Lunatic asylums in Bengal annual reports 1888-1898 - 1888-1898
Year: 1888
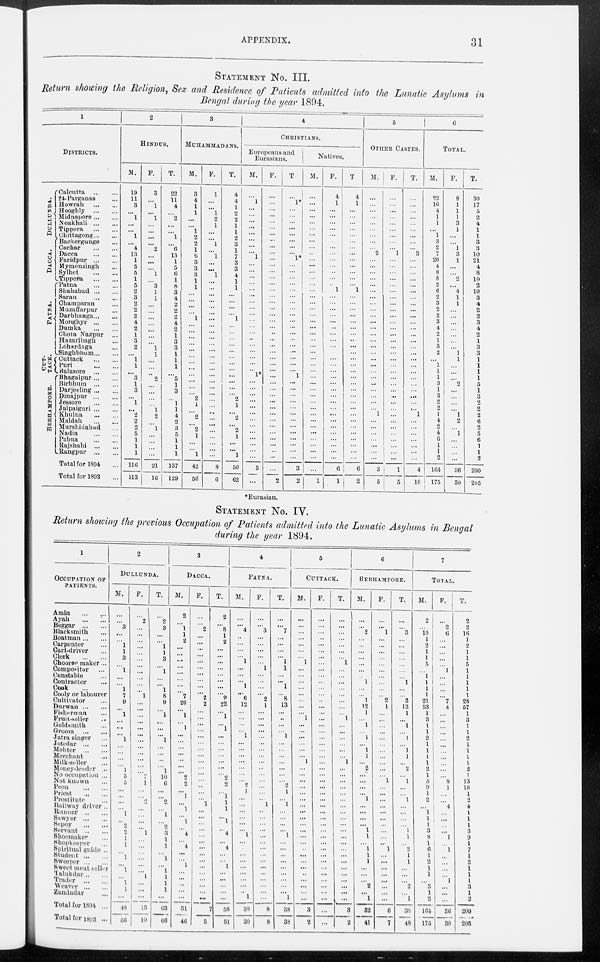
APPENDIX.
31
STATEMENT NO. III.
Return showing the Religion, Sex and Residence of Patients admitted into the Lunatic Asylums in
Bengal during the year 1894.
1
DISTRICTS.
DUL L UNDA.
DACCA.
PATNA.
CUT-
TACK
BERHAMPORE.
Calcutta ... ...
24-Parganas ...
Howrah
...
...
Hooghly
...
...
Midnapore ... ...
Noakhali ... ...
Tippera
...
...
Chittagong ... ...
Backergunge ...
Cachar ... ...
Dacca
...
...
Faridpur ... ...
Mymensingh ...
Sylhet
...
...
Tippera
...
...
Patna
...
...
Shahabad ... ...
Saran
...
...
Champaran ...
Muzaffarpur ...
Darbhanga ... ...
Monghyr ... ...
Dumka
...
...
Chota Nagpur ...
Hazaribagh ...
Lohardaga ...
Singhbhum
...
Cuttack
...
...
Puri
...
...
Balasore
...
...
Bhagalpur ... ...
Birbhum
...
...
Darjeeling ... ...
Dinajpur
...
...
Jessore
...
...
Jalpaiguri ... ...
Khulua
...
...
Maldah
...
...
Murshidabad ...
Nadia
...
...
Pabna
...
...
Rajshahi
...
...
Rangpur
...
...
Total for 1894 ...
Total for 1893 ...
2
HINDUS.
M.
19
11
3
...
1
...
...
1
...
4
13
1
5
5
1
5
2
3
2
2
2
4
2
1
3
2
...
1
1
...
3
1
3
...
1
...
2
2
2
5
1
1
1
116
113
F.
3
...
1
...
1
...
...
...
...
2
...
...
...
1
...
3
1
1
...
...
...
...
...
...
... 1
1
...
...
..
2
...
...
...
...
1
2
...
1
...
...
...
...
21
16
T.
22
11
4
...
2
...
...
1
...
6
13
1
5
6
1
8
3
4
2
2
2
4
2
1
3
3
1
1
1
...
5
1
3
...
1
1
4
2
3
5
1
1
1
137
129
3
MUHAMMADANS.
M.
3
4
1
1
...
...
1
2
2
1
6
3
3
3
1
1
...
...
...
...
1
...
...
...
...
...
...
...
...
...
...
...
...
2
1
...
2
2
1
...
...
1
42
56
F.
1
...
...
1
2
1
...
1 ...
...
1
...
...
1
...
...
...
...
...
...
...
...
...
...
... ...
...
...
...
...
...
...
...
...
...
...
...
...
...
...
...
...
...
8
6
T.
4
4
1
2
2
1
1
3
2
1
7
3
3
4
1
1
...
...
...
...
1
...
...
...
...
...
...
...
...
...
...
...
...
2
1
...
2
...
2
1
...
...
1
50
62
4
CHRISTIANS.
Europeans and
Eurasians.
M.
...
1
...
...
...
...
...
...
...
...
1
...
...
...
...
...
...
...
...
...
...
...
...
..
...
...
...
...
...
1*
...
...
...
...
...
...
...
...
...
...
...
...
...
3
...
F.
...
...
...
...
...
...
...
...
...
...
...
...
...
...
...
...
...
...
...
...
...
...
..
...
...
...
...
...
...
...
...
...
...
...
...
...
...
...
...
...
...
...
...
...
2
T.
...
1*
...
...
...
...
...
... ...
...
1*
...
...
...
... ...
...
...
...
...
...
...
...
...
...
...
...
...
...
1
...
...
...
...
...
...
...
...
...
...
...
...
...
3
2
Natives.
M.
...
...
...
...
...
...
...
...
...
...
...
...
...
...
...
...
...
...
...
...
...
...
...
...
...
...
...
...
...
...
...
...
...
...
...
...
...
...
...
...
...
...
...
...
1
F.
4
1
...
...
...
...
...
...
...
...
...
...
..
...
...
1
...
...
...
...
...
..
...
...
...
...
...
...
...
...
...
...
...
...
...
...
...
...
...
...
...
...
...
6
1
T.
4
1
...
...
...
...
...
...
...
...
...
...
...
...
...
1
...
...
...
...
...
...
...
...
...
...
...
...
...
...
...
...
...
...
...
...
...
...
...
...
...
6
2
5
OTHER CASTES.
M.
...
...
...
...
...
...
...
...
...
2
...
...
...
...
...
...
...
...
...
...
...
...
...
...
...
...
...
...
...
...
...
...
...
...
...
1
...
...
...
...
...
...
...
3
5
F.
...
...
...
...
...
...
...
...
...
1
...
...
...
...
...
...
...
...
...
...
...
...
...
...
...
...
...
...
...
...
...
...
..
...
...
...
...
...
...
...
...
...
...
1
5
T.
...
...
...
...
...
...
...
...
...
3
...
...
...
...
...
...
...
...
...
...
...
...
...
...
... ...
...
...
...
...
...
...
...
...
...
1
...
...
...
...
...
...
...
4
10
6
TOTAL.
M.
22
16
4
1
1
...
1
3
2
7
20
4
8
8
2
6
2
3
2
2
3
4
2 1
3
2
...
1
1
1
3
1 3
2
2
1
4
...
4
6
1
1
2
164
175
F.
8
1
1
1
3
1
...
...
1
3
1
...
...
2
...
4
1
1
...
...
...
...
...
...
... 1
1
...
...
...
2
...
...
...
...
1
2
...
1
...
...
...
...
36
30
T.
30
17
5
2
4
1
1
3
3
10
21
4
8
10
2
10
3
4
2
2
3
4 2
1
3
3
1
1
1
1
5
1
3
2
2
2
6
2
5
6
1
1
2
200
205
*Eurasian.
STATEMENT NO. IV.
Return showing the previous Occupation of Patients admitted into the Lunatic Asylums in Bengal
during the year 1894.
1
OCCUPATION OF
PATIENTS.
Amin
...
...
Ayah
...
...
Beggar
...
...
Blacksmith ...
Boatman ... ...
Carpenter ... ...
Cart-driver ...
Clerk
...
...
Choorea maker ...
Compositor ...
Constable ...
Contractor ...
Cook ...
Cooly or labourer
Cultivator ...
Durwan ... ...
Fisherman ...
Fruit-seller ...
Goldsmith ...
Groom
...
...
Jatra singer ...
Jotedar ...
Mehter
...
...
Merchant ...
Milk-seller ...
Money-leader ...
No occupation ...
Not known ...
Peon
...
...
Priest
...
...
Prostitute ... ...
Railway drivor ...
Runner
...
...
Sawyer ... ...
Sepoy ... ...
Servant ... ...
Shoetnaker ... ...
Shopkeeper ... ...
Spiritual guide ...
Student ... ...
Sweeper ... ...
Sweet meat toll ...
Talukdar... ...
Trader ... ...
Weaver ... ...
Zamindar ...
Total for 1894 ....
Total for 1893 ...
2
DULLUNDA.
M.
...
...
3
...
...
1
1
3
...
1
...
1
7
9
...
1
...
...
...
1
...
...
...
...
1
3
5
...
...
...
...
1
...
...
2
1
1
...
1
...
1
...
1
1
...
18
56
F.
...
2
...
...
...
...
...
...
...
...
...
...
...
1
...
...
...
...
...
...
...
...
...
...
...
...
7
1
...
...
2
...
...
...
...
1
...
...
...
...
...
...
1
...
...
...
15
10
T.
...
2
3
...
...
1
1
3
...
1
...
...
1
8
9
......
1
...
...
...
1
...
...
...
...
1
10
6
...
...
2
...
1
...
2
3
1
1
...
1
...
1
1
1
1
...
63
60
3
DACCA.
M.
2
...
1
1
2
...
...
...
...
...
...
...
...
7
20
...
1
1
...
...
...
...
...
...
...
2
2
...
1
...
1
...
1
...
4
...
4
...
...
1
...
...
...
...
...
51
46
F.
...
...
2
...
...
...
...
...
...
...
...
...
...
2
2
...
...
...
...
...
...
...
...
...
...
...
...
...
...
...
1
...
...
...
...
...
...
...
...
...
...
...
...
...
...
...
7
5
T.
2
...
3
1
2
...
...
...
...
...
...
...
...
9
22
...
1
...
1
...
...
...
...
...
...
2
2
...
1 1
1
...
1
...
4
...
4
...
...
1
...
...
...
...
...
58
51
4
PATNA.
M.
...
...
4
...
...
...
...
1
...
...
...
1
...
6
12
...
...
...
...
1
...
...
...
...
...
...
...
2
1
...
...
...
...
...
...
1
...
...
...
...
...
...
...
...
...
1
30
30
F.
...
...
3
...
...
...
...
...
1
...
...
...
...
2
1
...
...
...
...
...
...
...
...
...
...
...
...
...
...
...
1
...
...
...
...
...
...
...
...
...
...
...
...
...
...
...
8
8
T.
...
...
7
...
...
...
...
1
1
...
...
1
...
8
13
...
...
...
...
1
...
...
...
...
...
...
...
2
1
...
1
...
...
...
...
1
...
...
...
...
...
...
...
...
...
1
38
38
5
CUTTACK.
M.
...
...
...
...
...
...
...
1
...
...
...
...
...
...
...
...
1
...
...
...
...
...
...
1
...
...
...
...
...
...
...
...
...
...
...
...
...
...
...
...
...
...
...
...
...
...
3
2
F.
...
...
...
...
...
...
...
...
...
...
...
...
...
...
...
...
...
...
...
...
...
...
...
...
...
...
...
...
...
...
...
...
...
...
...
...
...
...
...
...
...
...
...
...
...
...
...
...
T.
...
...
...
...
...
...
...
1
...
...
...
...
...
...
...
...
1
...
...
...
...
...
...
1
...
...
...
...
...
...
...
...
...
...
...
...
...
...
...
...
...
...
...
...
...
...
3
2
6
BERHAMPORE.
M.
...
...
2
...
...
...
...
...
...
...
1
...
...
1
12
1
...
1
...
1
...
1
1
...
2
...
...
...
...
1
...
...
...
...
1
1
...
1
1
1
...
...
...
2
...
1
32
41
F.
...
...
1
...
...
...
...
...
...
...
...
...
...
2
1
...
...
...
...
...
...
...
...
...
...
1
...
...
...
...
...
...
...
...
...
...
1
...
...
...
...
...
...
...
...
6
7
T.
...
...
3
...
...
...
...
...
...
...
1
...
...
3
13
1
...
1
...
1
...
1
1
...
2
...
1
...
...
1
...
...
...
...
1
1
...
2
1
1
...
...
...
2
...
1
38
48
7
TOTAL.
M.
2
...
10
1
2
1
1
5
... 1
1
1
1
21
53
1
3
1
1
2
1
1
1
1
2
1
5
9
1
2
...
1
1
1
3
8
1
6
1
2
1
1
...
3
1
2
164
175
F.
...
2
6
...
...
...
...
...
1
...
...
...
...
7
4
...
...
...
...
...
...
...
...
...
...
...
8
1
...
...
4
...
...
...
...
1
...
1
...
... ...
...
1
...
...
...
36
30
T.
2
2
16
1
2
1
1
5
1
1
1
1
1
28
57
1
3
1
1
2
1
1
1
1
2
1
13
10
1
2
4
1
1
1
3
9
1
7
1
2
1
1
1
3
1
3
200
205